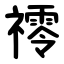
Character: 鿅